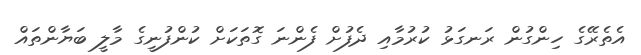
އެތެރޭގެ ހިންގުން ރަނގަޅު ކުރުމާއި ދެފުށް ފެންނަ ގޮތަކަށް ކުންފުނީގެ މާލީ ބަޔާންތައް